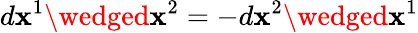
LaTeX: d\mathbf{x}^{1}\wedged\mathbf{x}^{2}=-d\mathbf{x}^{2}\wedged\mathbf{x}^{1}